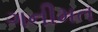
ગનીમત